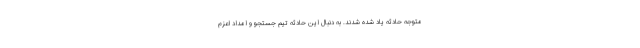
متوجه حادثه یاد شده شدند. به دنبال این حادثه تیم جستجو و امداد اعزم